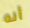
أنه